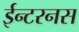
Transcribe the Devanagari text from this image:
ईन्टरनस